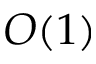
O ( 1 )